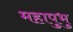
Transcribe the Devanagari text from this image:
महापुभु